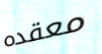
معقده